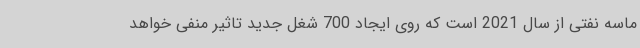
ماسه نفتی از سال 2021 است که روی ایجاد 700 شغل جدید تاثیر منفی خواهد